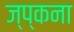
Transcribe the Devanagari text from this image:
ज्प्कना